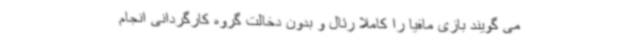
می گویند بازی مافیا را کاملا رئال و بدون دخالت گروه کارگردانی انجام